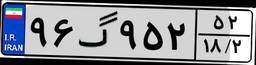
۰۱گ۸۸۰۶۱